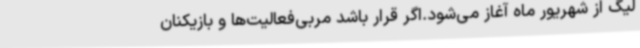
لیگ از شهریور ماه آغاز می‌شود.اگر قرار باشد مربی‌فعالیت‌ها و بازیکنان